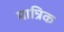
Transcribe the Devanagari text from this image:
मान्रिक